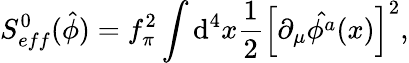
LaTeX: S_{eff}^{0}(\hat{\phi})=f_{\pi}^{2}\int\mathrm{d}^{4}x\frac{1}{2}\left[\partial_{\mu}\hat{\phi^{a}}(x)\right]^{2},